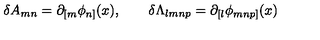
\delta A _ { m n } = \partial _ { [ m } \phi _ { n ] } ( x ) , \qquad \delta \Lambda _ { l m n p } = \partial _ { [ l } \phi _ { m n p ] } ( x )